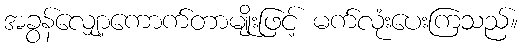
အခွန်လျှော့ကောက်တာမျိုးဖြင့် မက်လုံးပေးကြသည်။